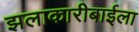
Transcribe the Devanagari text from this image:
झलाकारीबाईला